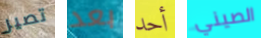
تصير بعد أحد الصيني